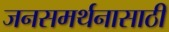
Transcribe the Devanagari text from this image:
जनसमर्थनासाठी